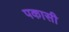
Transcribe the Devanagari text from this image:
पकासी